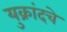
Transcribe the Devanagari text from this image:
युक्रांदचे